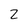
Character: 2